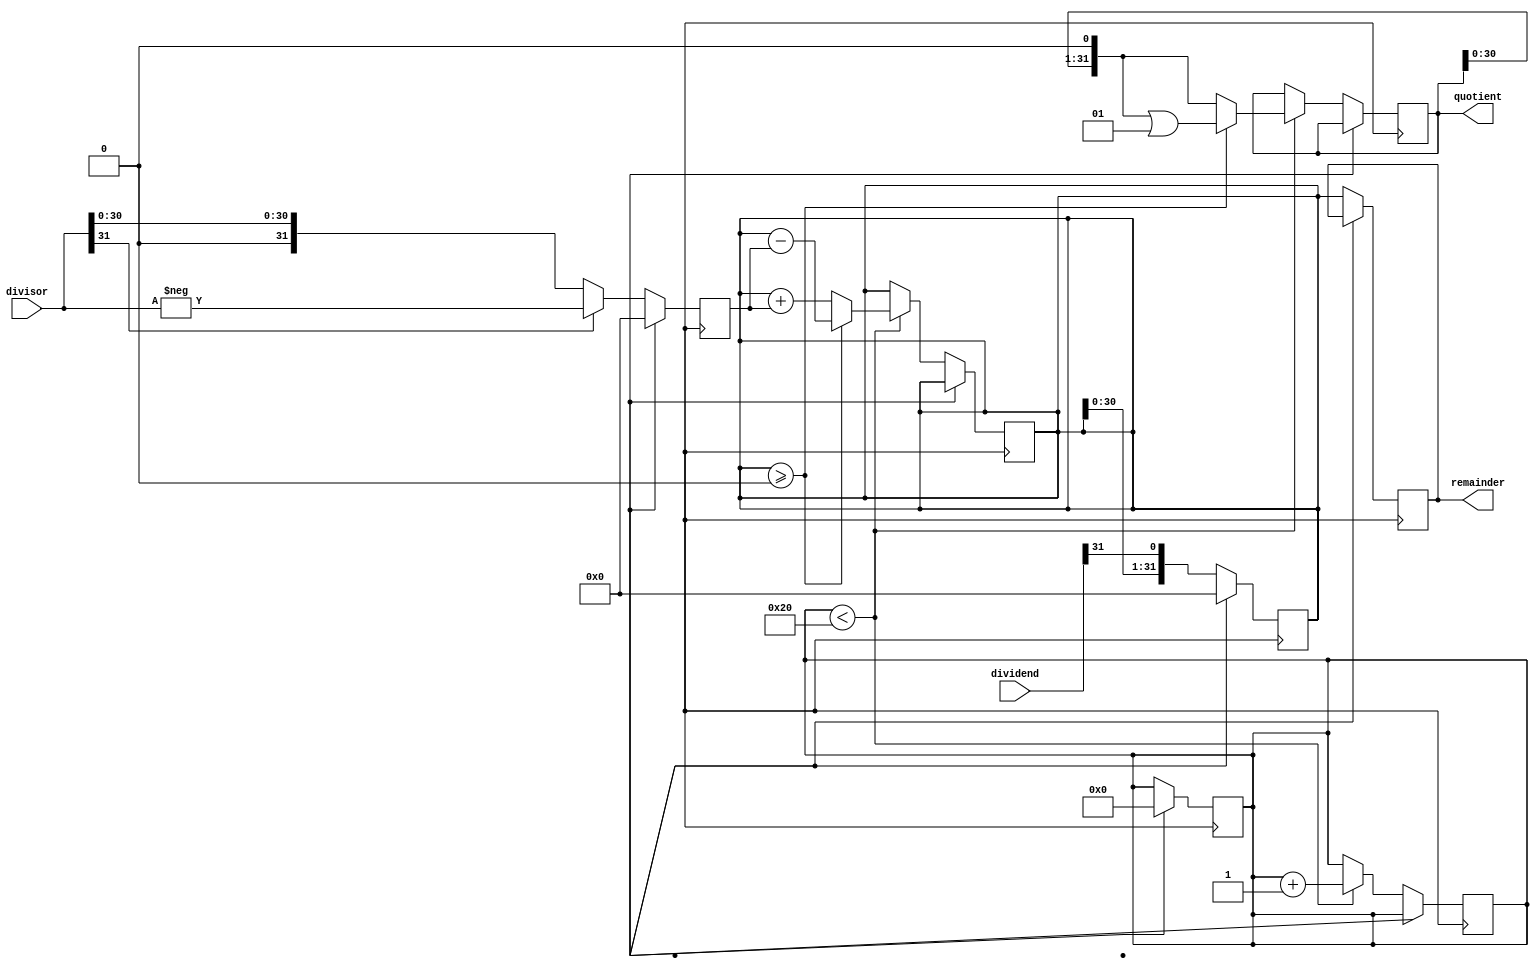
module shift_and_subtract_divider (
    input signed [31:0] dividend,
    input signed [31:0] divisor,
    output reg signed [31:0] quotient,
    output reg signed [31:0] remainder
);

reg [31:0] shift_reg;
reg [31:0] abs_dividend;
reg [31:0] abs_divisor;
reg [3:0] shift_count;

// Initialize values
always @ (posedge clk) begin
    if (rst) begin
        shift_reg <= 0;
        abs_dividend <= 0;
        abs_divisor <= 0;
        shift_count <= 0;
    end else begin
        shift_reg <= {shift_reg, dividend[31]};
        abs_dividend <= (dividend[31] == 1) ? -dividend : dividend;
        abs_divisor <= (divisor[31] == 1) ? -divisor : divisor;
    end
end

// Divide operation
always @ (posedge clk) begin
    if (!rst) begin
        if (shift_count < 32) begin
            if (shift_reg >= 0) begin
                shift_reg <= shift_reg - abs_divisor;
                quotient <= quotient << 1 | 1;
            end else begin
                shift_reg <= shift_reg + abs_divisor;
                quotient <= quotient << 1;
            end
            shift_count <= shift_count + 1;
        end
        remainder <= shift_reg;
    end
end

endmodule